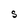
Character: S